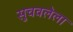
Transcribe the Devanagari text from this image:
सुचवलेला